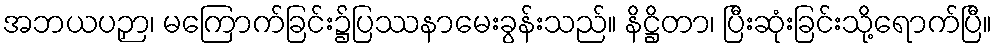
အဘယပဉှာ၊ မကြောက်ခြင်း၌ပြဿနာမေးခွန်းသည်။ နိဋ္ဌိတာ၊ ပြီးဆုံးခြင်းသို့ရောက်ပြီ။